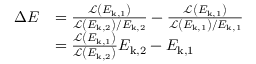
\begin{array} { r l } { \Delta E } & { = \frac { \mathcal { L } \left( E _ { \mathrm { k } , 1 } \right) } { \mathcal { L } \left( E _ { \mathrm { k } , 2 } \right) / E _ { \mathrm { k } , 2 } } - \frac { \mathcal { L } \left( E _ { \mathrm { k } , 1 } \right) } { \mathcal { L } \left( E _ { \mathrm { k } , 1 } \right) / E _ { \mathrm { k } , 1 } } } \\ & { = \frac { \mathcal { L } \left( E _ { \mathrm { k } , 1 } \right) } { \mathcal { L } \left( E _ { \mathrm { k } , 2 } \right) } E _ { \mathrm { k } , 2 } - E _ { \mathrm { k } , 1 } } \end{array}